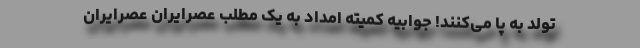
تولد به پا می‌کنند! جوابیه کمیته امداد به یک مطلب عصرایران عصرایران